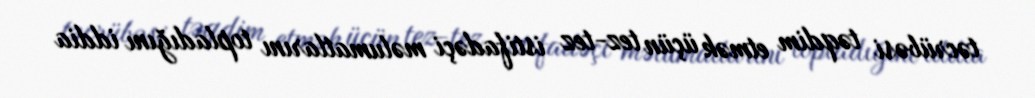
təcrübəsi təqdim etmək üçün tez-tez istifadəçi məlumatlarını topladığını iddia